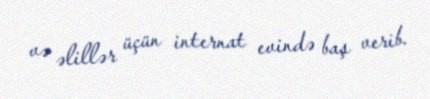
və əlillər üçün internat evində baş verib.